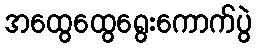
အထွေထွေရွေးကောက်ပွဲ